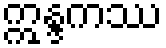
ဣန္ဒကဿ